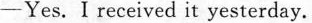
___Yes.Ireceived it yesterday.